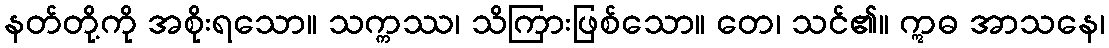
နတ်တို့ကို အစိုးရသော။ သက္ကဿ၊ သိကြားဖြစ်သော။ တေ၊ သင်၏။ ဣဓ အာသနေ၊